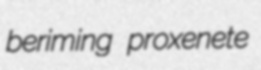
beriming proxenete